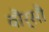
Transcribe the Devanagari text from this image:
वौर्सौ